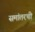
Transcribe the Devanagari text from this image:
समांतरची